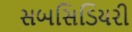
સબસિડિયરી